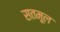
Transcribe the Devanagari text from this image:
सतमूल